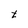
Character: t